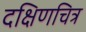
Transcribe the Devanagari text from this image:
दक्षिणचित्र